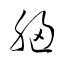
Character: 胸